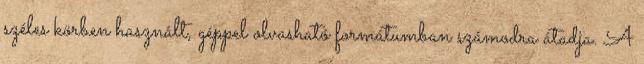
széles körben használt, géppel olvasható formátumban számodra átadja. A